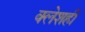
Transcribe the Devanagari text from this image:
क्लेशही